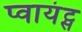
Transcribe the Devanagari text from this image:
प्वायंट्स